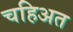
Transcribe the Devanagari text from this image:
चहिअत